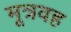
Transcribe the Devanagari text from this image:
मूत्रवह